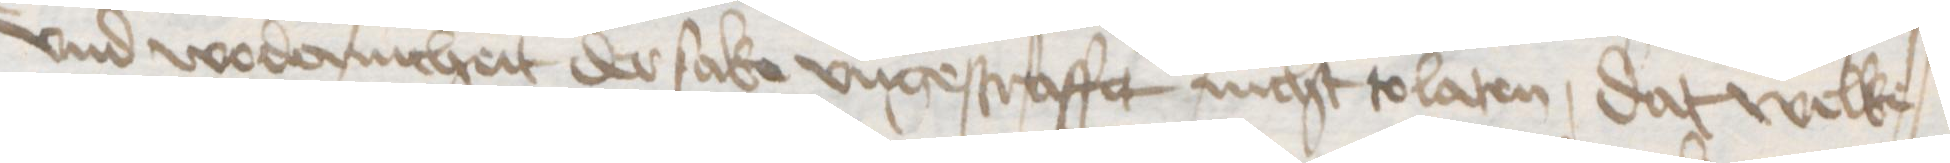
und wodernicheit der sake ungestraffet nicht tolaten dat welke